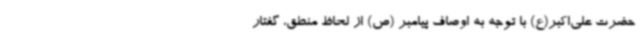
حضرت علی‌اکبر(ع) با توجه به اوصاف پیامبر (ص) از لحاظ منطق، گفتار